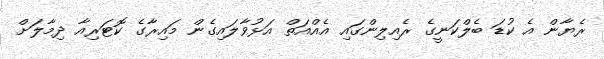
ރެޔާން އެ ކުޑަ ބެލްކަނީގެ ރެއިލިންގައި އެއްއަތް އަޅުވާލައިގެން މައިރާގެ ކޮޓަރިއާ ދިމާލަށް